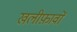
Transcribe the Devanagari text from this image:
खलीफ़ावों